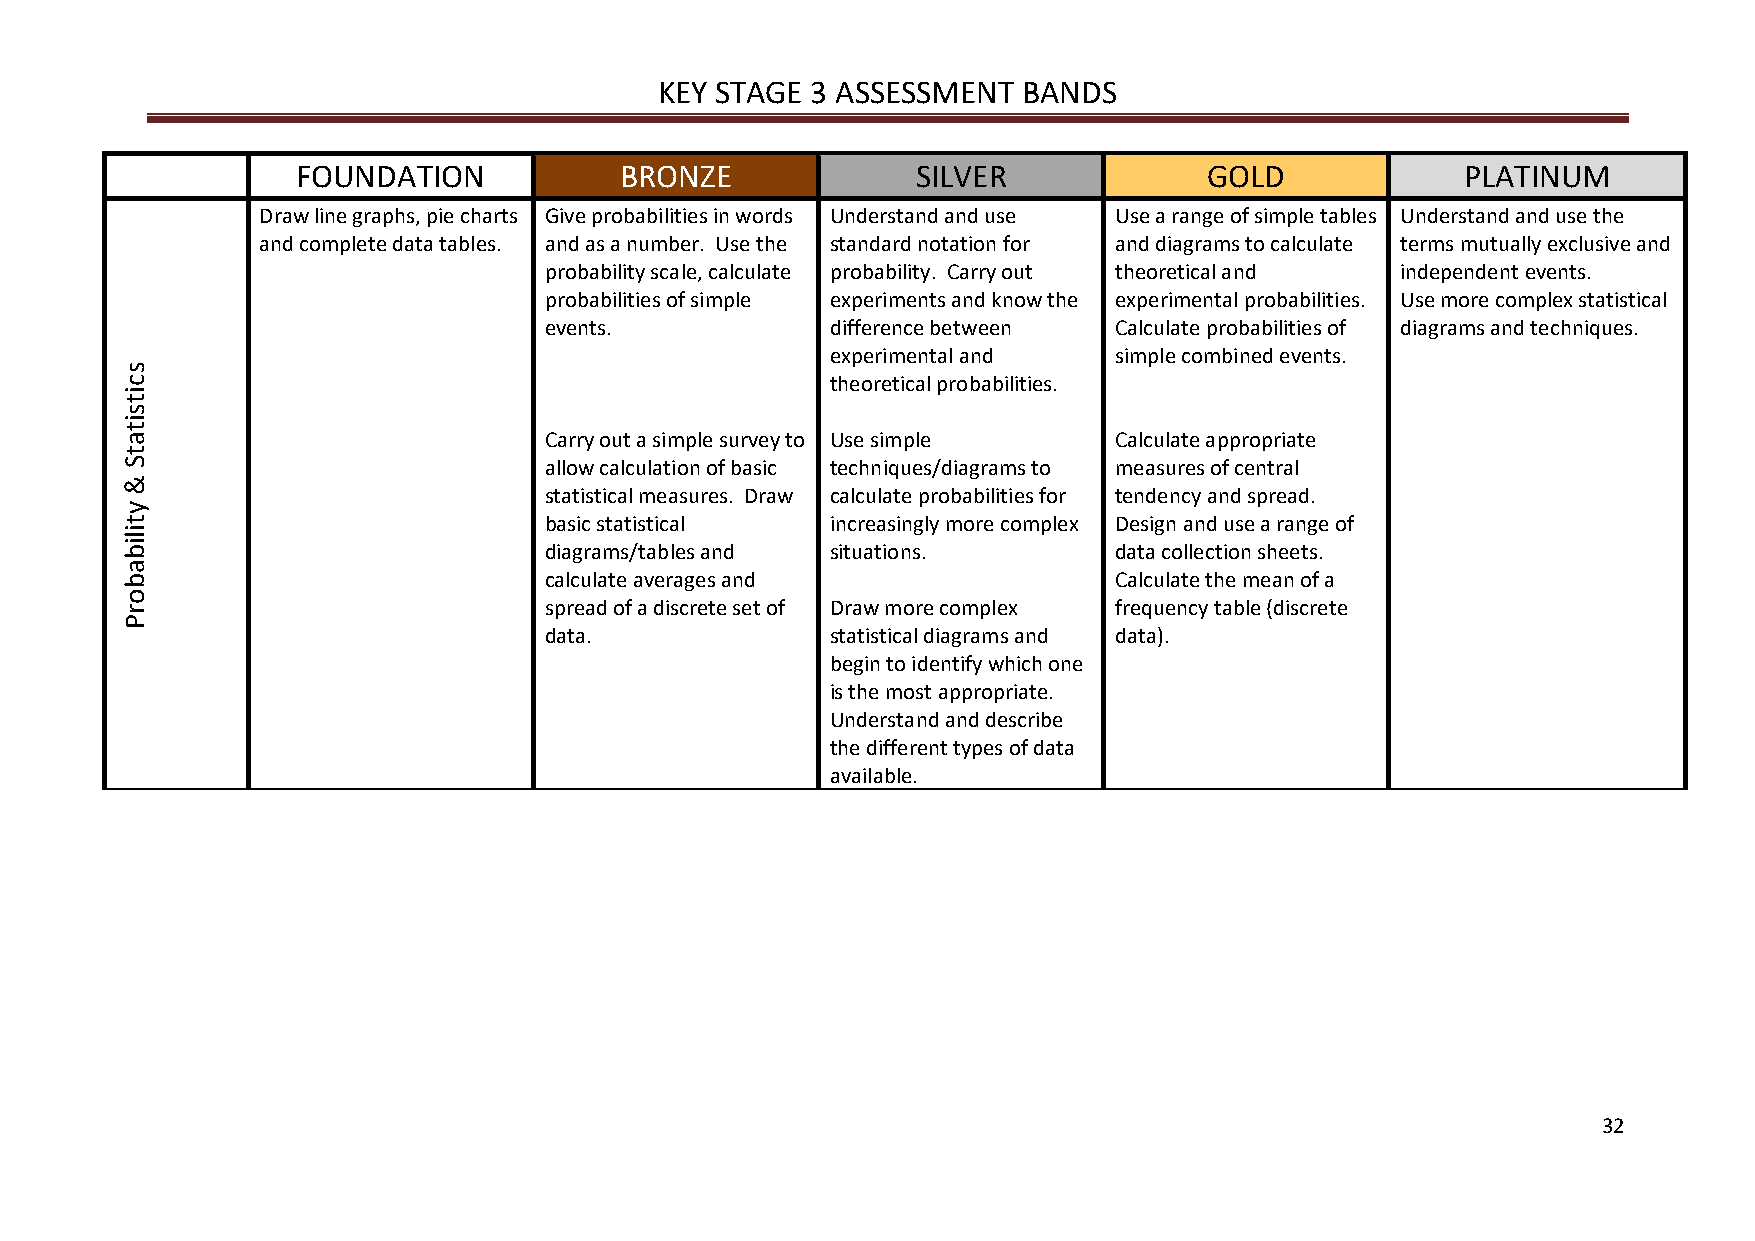
KEY STAGE 3 ASSESSMENT  BANDS
 FOUNDATION           BRONZE              SILVER             GOLD             PLATINUM
 Draw line graphs, pie charts Give probabilities in words Understand and use Use a range of simple tables Understand and use the
 and complete data tables. and as a number. Use the standard notation for and diagrams to calculate terms mutually exclusive and
 probability scale, calculate probability. Carry out theoretical and independent events.
 probabilities of simple experiments and know the experimental probabilities. Use more complex statistical
 events.            difference between Calculate probabilities of diagrams and techniques.
 experimental and   simple combined events.
 theoretical probabilities.
 Carry out a simple survey to Use simple Calculate appropriate
 allow calculation of basic techniques/diagrams to measures of central
 statistical measures. Draw calculate probabilities for tendency and spread.
 basic statistical  increasingly more complex Design and use a range of
 diagrams/tables and situations.       data collection sheets.
 calculate averages and                Calculate the mean of a
 spread of a discrete set of Draw more complex frequency table (discrete
 data.              statistical diagrams and data).
 begin to identify which one
 is the most appropriate.
 Understand and describe
 the different types of data
 available.
 32
 scitsitatS
 &
 ytilibaborP